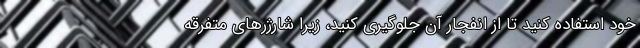
خود استفاده کنید تا از انفجار آن جلوگیری کنید، زیرا شارژرهای متفرقه